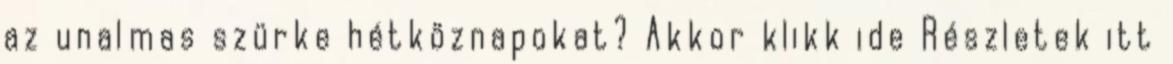
az unalmas szürke hétköznapokat? Akkor klikk ide Részletek itt